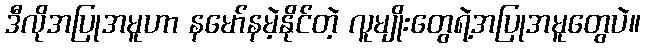
ဒီလိုအပြုအမူဟာ နမော်နမဲ့နိုင်တဲ့ လူမျိုးတွေရဲ့အပြုအမူတွေပဲ။